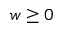
w \ge 0